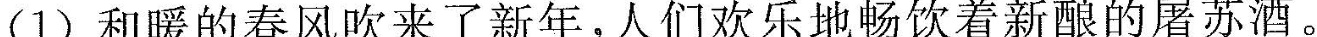
(1)和暖的春风吹来了新年，人们欢乐饮着新眼的屠苏酒。